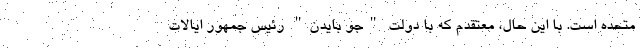
متحده است. با این حال، معتقدم که با دولت "جو بایدن" رئیس جمهور ایالات